Civil Veterinary Department Bihar & Orissa reports 1922-29 - 1922-1929
Year: 1922
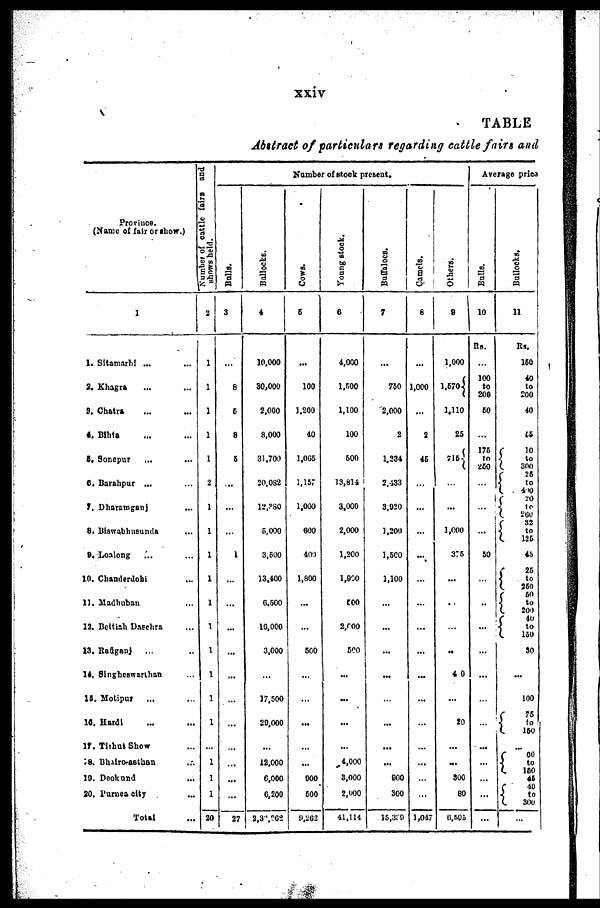
xxiv
TABLE
Abstract of particulars regarding cattle fairs and
Province.
(Name of fair or show.)
1
1. Sitamarhl ...
2, Khagra
S. Chatra*
4. Bihta
6, Sonepur
6. Barahpur ...
7, Dharamganj
8. Biswabhusunda
9. Loalong
10. Chanderdobi
11. Madhuban
12. Beittiah Dasehra
13. Rafiganj
14, Singheawarthan
15. Motipur
...
10. Hardi
17. Tirhut Show
18. Bhairo-asthan
19. Deokund
20. Purnea city
Total
Number of cattle fairs and
shows held.
2
1
1
1
1
1
1
1
1
1
1
1
1
1
1
1
1
1
1
1
1
1
20
Number of stock present.
3
...
8
5
8
5
...
1
...
...
...
...
...
...
...
...
...
27
4
10,000
30,000
2,000
8,000
31,700
20,082
12,?S0
5,000
3,600
13,400
6,500
10,000
3,000
...
17,500
20,000
...
12,000
6,000
6,200
2,362
6
...
100
1,200
40
1,005
1,157
1,000
600
40:)
1,800
500
...
...
...
...
000
600
0,202
6
4,000
1,500
1,100
100
500
13,814
3,000
2,000
1,200
1,900
too
2,600
500
...
...
...
...
4,000
8,000
2,000
41,114
7
...
750
2,000
2
1,234
2,133
3,920
1,200
1,500
1,100
...
...
...
...
...
...
...
900
300
15.330
8
1,000
...
2
45
...
...
...
...
...
...
1,047
9
1,000
l,57o
.1,110
25
...
1,000
375
...
..,
...
4 0
...
20
...
300
80
6,695
Average price
10
Rs.
100
to
200
50
175
to
260
1
...
50
...
...
...
...
...
...
11
Rs.
150
40
to
200
40
{
1
(
{
(
to
32
to
125
45
1
25
. to
260
{
(
40
{
to
150
30
...
100
75
{
to
160
... 60
i
to
160
(
45
40
{
to
300